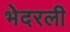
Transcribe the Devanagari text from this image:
भेदरली